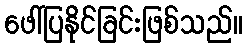
ဖေါ်ပြနိုင်ခြင်းဖြစ်သည်။